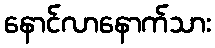
နောင်လာနောက်သား